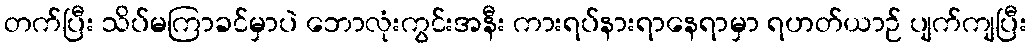
တက်ပြီး သိပ်မကြာခင်မှာပဲ ဘောလုံးကွင်းအနီး ကားရပ်နားရာနေရာမှာ ရဟတ်ယာဉ် ပျက်ကျပြီး